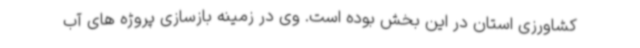
کشاورزی استان در این بخش بوده است. وی در زمینه بازسازی پروژه های آب